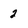
Character: 2